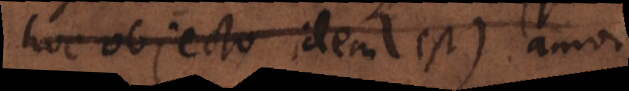
hoc objecto idem est) amor